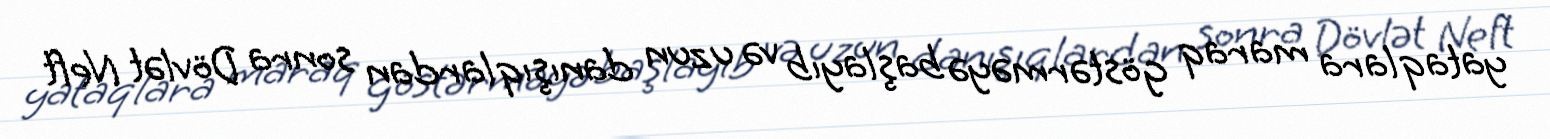
yataqlara maraq göstərməyə başlayıb və uzun danışıqlardan sonra Dövlət Neft